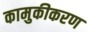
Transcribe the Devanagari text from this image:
कामुकीकरण